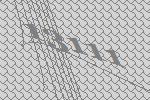
13111